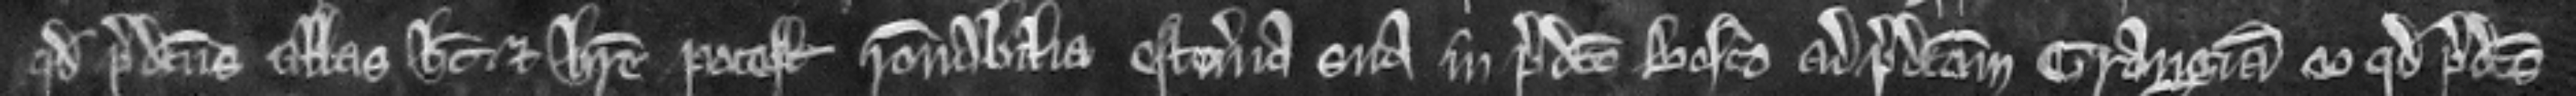
quod predictus Abbas habet et habere potest racionabilia estoveria sua in predicto bosco ad predictam grangiam eo quod predictus